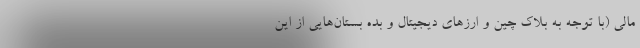
مالی (با توجه به بلاک چین و ارزهای دیجیتال و بده بستان‌هایی از این